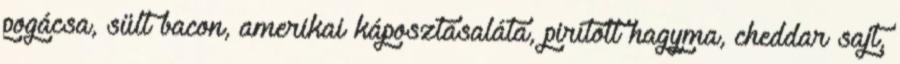
pogácsa, sült bacon, amerikai káposztasaláta, pirított hagyma, cheddar sajt,